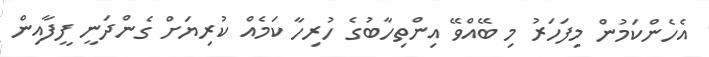
އެހެންކަމުން މިފަހަރު މި ބޭއްވޭ އިންތިހާބުގެ ހުރިހާ ކަމެއް ކުރިޔަށް ގެންދަނީ ފީފާއިން